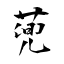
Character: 蔸